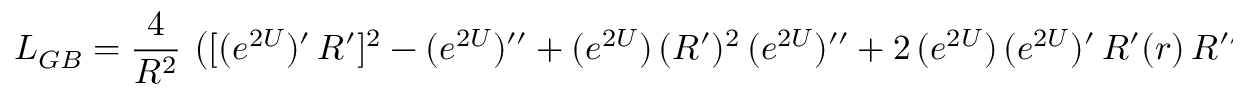
L _ { G B } = { \frac { 4 } { R ^ { 2 } } } \, \left( [ ( e ^ { 2 U } ) ^ { \prime } \, R ^ { \prime } ] ^ { 2 } - ( e ^ { 2 U } ) ^ { \prime \prime } + ( e ^ { 2 U } ) \, ( R ^ { \prime } ) ^ { 2 } \, ( e ^ { 2 U } ) ^ { \prime \prime } + 2 \, ( e ^ { 2 U } ) \, ( e ^ { 2 U } ) ^ { \prime } \, R ^ { \prime } ( r ) \, R ^ { \prime \prime } \right) \ .